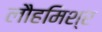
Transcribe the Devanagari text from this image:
लौहमिश्र